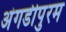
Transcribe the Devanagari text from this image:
अंगडीपुरम